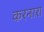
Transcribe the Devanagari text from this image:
करनारा